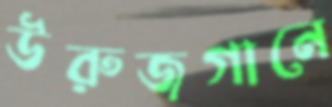
উরুজগানে